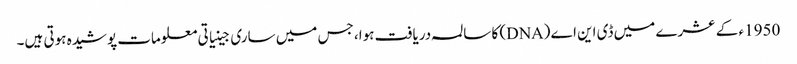
1950ء کے عشرے میں ڈی این اے (DNA) کا سالمہ دریافت ہوا، جس میں ساری جینیاتی معلومات پوشیدہ ہوتی ہیں۔